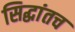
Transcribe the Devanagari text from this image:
सिद्धांतच